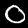
Digit: 0